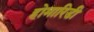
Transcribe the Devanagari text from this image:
होमारिडी